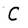
Character: C